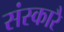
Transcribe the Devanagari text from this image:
संस्कारै